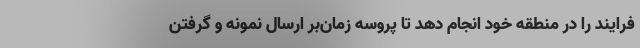
فرایند را در منطقه خود انجام دهد تا پروسه زمان‌بر ارسال نمونه و گرفتن